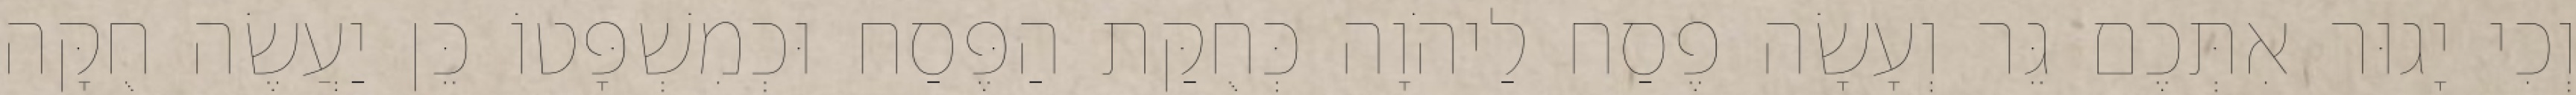
וְכִי יָגוּר אִתְּכֶם גֵּר וְעָשָׂה פֶסַח לַיהֹוָה כְּחֻקַּת הַפֶּסַח וּכְמִשְׁפָּטוֹ כֵּן יַעֲשֶׂה חֻקָּה